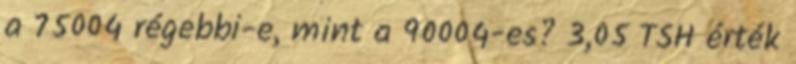
a 75004 régebbi-e, mint a 90004-es? 3,05 TSH érték